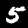
Digit: 5